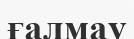
ғалмау